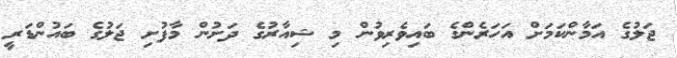
ޖަލުގެ އަމާންކަމަށް އަހަރެންގެ ބައިވެރިވުން މި ޝިއާރުގެ ދަށުން މާފުށި ޖަލުގެ ބައުންޑަރީ